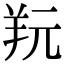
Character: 𦍘